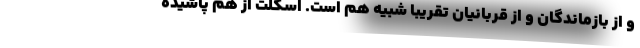
و از بازماندگان و از قربانيان تقريبا شبيه هم است. اسكلت از هم پاشيده